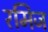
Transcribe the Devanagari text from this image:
रमिज